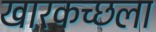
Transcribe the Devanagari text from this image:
खारकच्छला